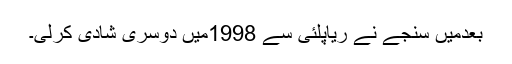
بعدمیں سنجے نے ریاپلّئی سے 1998میں دوسری شادی کرلی۔